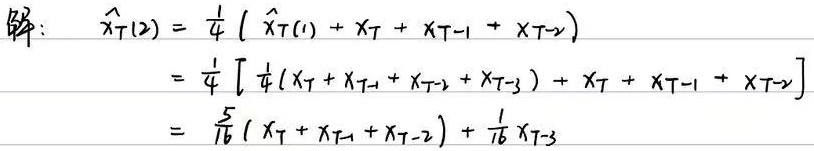
解：
\[
\begin{align*}
\hat{x}_T(2)&=\frac{1}{4}(\hat{x}_T(1)+x_T + x_{T - 1}+x_{T - 2})\\
&=\frac{1}{4}\left[\frac{1}{4}(x_T + x_{T - 1}+x_{T - 2}+x_{T - 3})+x_T + x_{T - 1}+x_{T - 2}\right]\\
&=\frac{5}{16}(x_T + x_{T - 1}+x_{T - 2})+\frac{1}{16}x_{T - 3}
\end{align*}
\]